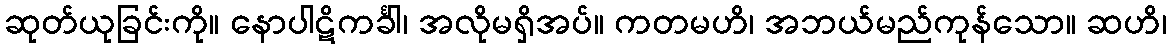
ဆုတ်ယုခြင်းကို။ နောပါဋိကင်္ခါ၊ အလိုမရှိအပ်။ ကတမဟိ၊ အဘယ်မည်ကုန်သော။ ဆဟိ၊